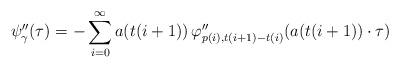
LaTeX: \begin{align*}\psi''_{\gamma}(\tau)=-\sum_{i=0}^{\infty} a(t(i+1))\,\varphi''_{p(i),t(i+1)-t(i)}(a(t(i+1))\cdot \tau)\end{align*}